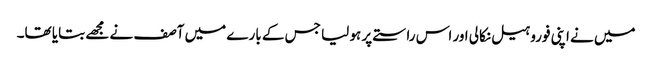
میں نے اپنی فوروہیل نکالی اور اس راستے پر ہو لیا جس کے بارے میں آصف نے مجھے بتایا تھا۔